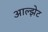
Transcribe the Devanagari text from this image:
आल्झेट